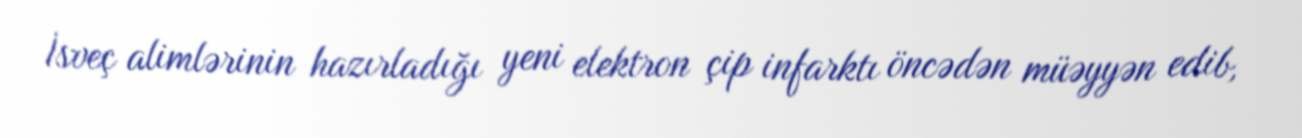
İsveç alimlərinin hazırladığı yeni elektron çip infarktı öncədən müəyyən edib,